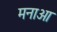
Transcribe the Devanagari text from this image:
मनाआ